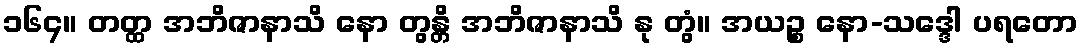
၁၆၄။ တတ္ထ အဘိဇာနာသိ နော တွန္တိ အဘိဇာနာသိ နု တွံ။ အယဉ္စ နော-သဒ္ဒေါ ပရတော